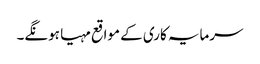
سرمایہ کاری کے مواقع مہیا ہونگے۔